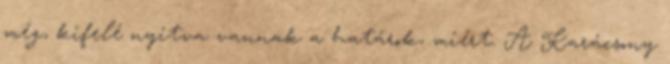
még, kifelé nyitva vannak a határok, miért. A Karácsony